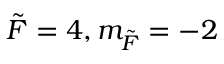
\Tilde { F } = 4 , m _ { \Tilde { F } } = - 2